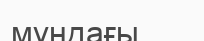
мұндағы , , .